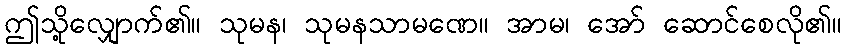
ဤသို့လျှောက်၏။ သုမန၊ သုမနသာမဏေ။ အာမ၊ အော် ဆောင်စေလို၏။